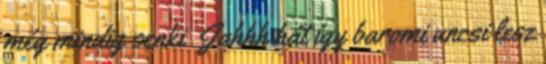
még mindig senki Jahhh hát így baromi uncsi lesz